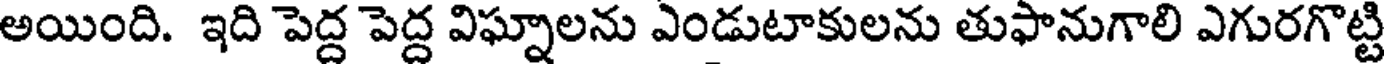
అయింది. ఇది పెద్ద పెద్ద విఘ్నాలను ఎండుటాకులను తుఫానుగాలి ఎగురగొట్టి